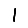
Digit: 1